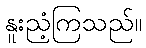
နူးညံ့ကြသည်။